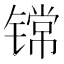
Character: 𮸟